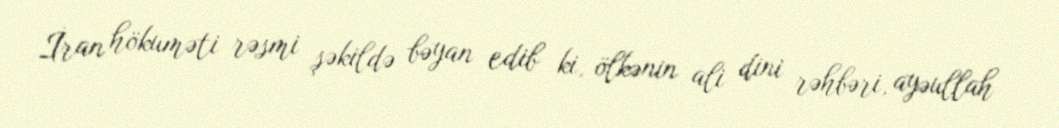
İran hökuməti rəsmi şəkildə bəyan edib ki, ölkənin ali dini rəhbəri, ayəullah